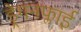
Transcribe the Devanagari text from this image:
ड्रेगनफ्लाई